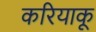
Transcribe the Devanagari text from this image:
करियाकू